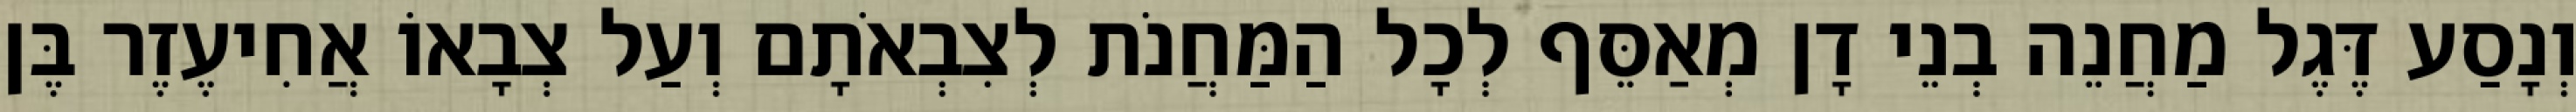
וְנָסַע דֶּגֶל מַחֲנֵה בְנֵי דָן מְאַסֵּף לְכָל הַמַּחֲנֹת לְצִבְאֹתָם וְעַל צְבָאוֹ אֲחִיעֶזֶר בֶּן